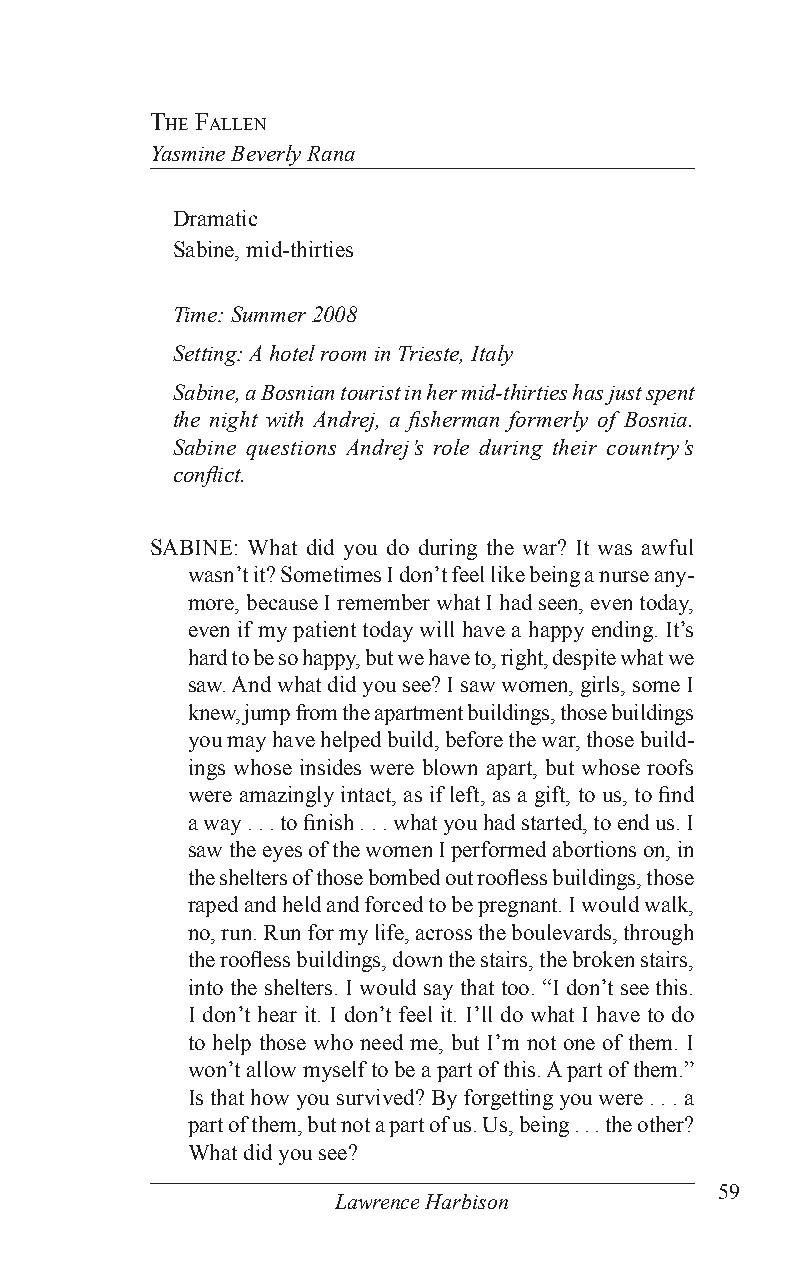
The fallen
 Yasmine Beverly Rana
 Dramatic
 Sabine, mid-thirties
 Time: Summer 2008
 Setting: A hotel room in Trieste, Italy
 Sabine, a Bosnian tourist in her mid-thirties has just spent
 the night with Andrej, a fisherman formerly of Bosnia.
 Sabine questions Andrej’s role during their country’s
 conflict.
 SABINE: What did you do during the war? It was awful
 wasn’t it? Sometimes I don’t feel like being a nurse any-
 more, because I remember what I had seen, even today,
 even if my patient today will have a happy ending. It’s
 hard to be so happy, but we have to, right, despite what we
 saw. And what did you see? I saw women, girls, some I
 knew, jump from the apartment buildings, those buildings
 you may have helped build, before the war, those build-
 ings whose insides were blown apart, but whose roofs
 were amazingly intact, as if left, as a gift, to us, to find
 a way . . . to finish . . . what you had started, to end us. I
 saw the eyes of the women I performed abortions on, in
 the shelters of those bombed out roofless buildings, those
 raped and held and forced to be pregnant. I would walk,
 no, run. Run for my life, across the boulevards, through
 the roofless buildings, down the stairs, the broken stairs,
 into the shelters. I would say that too. “I don’t see this.
 I don’t hear it. I don’t feel it. I’ll do what I have to do
 to help those who need me, but I’m not one of them. I
 won’t allow myself to be a part of this. A part of them.”
 Is that how you survived? By forgetting you were . . . a
 part of them, but not a part of us. Us, being . . . the other?
 What did you see?
 59
 Lawrence Harbison